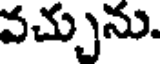
వచ్చును.